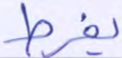
يفرط